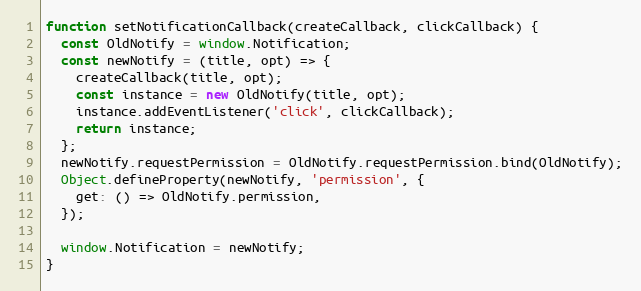
Language: JavaScript
function setNotificationCallback(createCallback, clickCallback) {
  const OldNotify = window.Notification;
  const newNotify = (title, opt) => {
    createCallback(title, opt);
    const instance = new OldNotify(title, opt);
    instance.addEventListener('click', clickCallback);
    return instance;
  };
  newNotify.requestPermission = OldNotify.requestPermission.bind(OldNotify);
  Object.defineProperty(newNotify, 'permission', {
    get: () => OldNotify.permission,
  });

  window.Notification = newNotify;
}